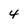
Character: 4